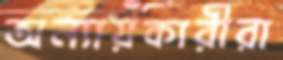
অন্যায়কারীরা